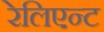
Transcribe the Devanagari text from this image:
रेलिएन्ट